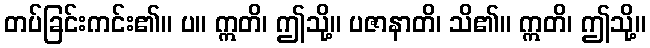
တပ်ခြင်းကင်း၏။ ပ။ ဣတိ၊ ဤသို့။ ပဇာနာတိ၊ သိ၏။ ဣတိ၊ ဤသို့။